Calcutta medical institutions reports 1879-81 [i.e.91]
Year: 1879
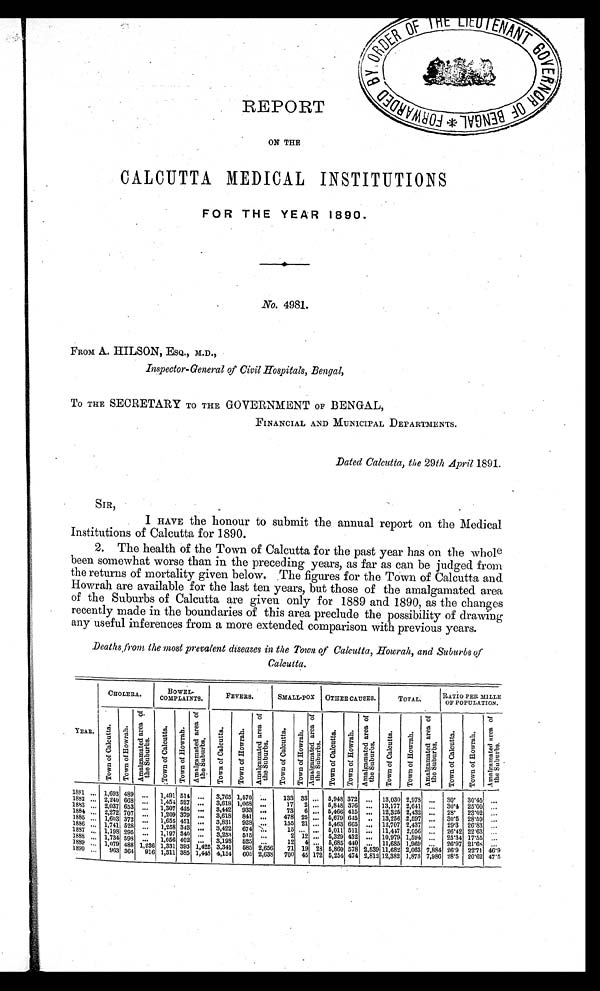
REPORT
* F O R W A R D E D B Y O R D E R O F T H E L I E U T E N A N T G O V E R N M E N T O F B E N G A L
ON THE
CALCUTTA MEDICAL INSTITUTIONS
FOR THE YEAR 1890.
No. 4981.
FROM A. HILSON, ESQ., M.D.,
Inspector-General of Civil Hospitals, Bengal,
TO THE SECRETARY TO THE GOVERNMENT OF BENGAL,
FINANCIAL AND MUNICIPAL DEPARTMENTS.
Dated Calcutta, the 29th April 1891.
SIR,
I HAVE the honour to submit the annual report on the Medical
Institutions of Calcutta for 1890.
2. The health of the Town of Calcutta for the past year has on the whole
been somewhat worse than in the preceding years, as far as can be judged from
the returns of mortality given below. The figures for the Town of Calcutta and
Howrah are available for the last ten years, but those of the amalgamated area
of the Suburbs of Calcutta are given only for 1889 and 1890, as the changes
recently made in the boundaries of this area preclude the possibility of drawing
any useful inferences from a more extended comparison with previous years.
Deaths from the most prevalent diseases in the Town of Calcutta, Howrah, and Suburbs of
Calcutta.
YEAR.
CHOLERA.
BOWEL-
COMPLAINTS.
FEVERS.
SMALL-POX
OTHER CAUSES.
TOTAL.
RATIO PER MILLE
OF POPULATION.
T o wn o f Ca l c u t t a . T o wn o f Ho wr a h .
A m a l g a m a t e d a r e a o f
t h e S u b u r b s .
T o wn o f Ca l c u t t a . T o wn o f Ho wr a h .
Amal gamat ed ar ea of
t h e Su b u r b s .
T o wn o f Ca l c u t t a .
T o w n o f H o w r a h .
A m a l g a m a t e d a r e a o f
t h e S u b u r b s .
T o w n o f C a l c u t t a .
T o w n o f H o w r a h .
A m a l g a m a t e d a r e a o f
t h e S u b u r b s .
T o w n o f C a l c u t t a .
To wn o f Ho wr a h .
A m a l g a m a t e d a r e a o f
t he Subur bs.
T o w n o f C a l c u t t a .
T o w n o f H o w r a h .
A m a l g a m a t e d a r e a o f
t h e S u b u r b s .
T o w n o f C a l c u t t a .
T o w n o f H o w r a h .
A m a l g a m a t e d a r e a o f
t h e Su b u r b s .
1881
. . . 1,693 489
. . .
1,491 514 ...
3,765 1,570 ...
133 33 ... 5,948 372 ... 13,030 2,978 ...
30.
30.45 ...
1882 ... 2,240 668 ...
1,454 527 ...
3,618 1,068 ...
17
2 ... 5,848 376 ... 13,177 2,641 ...
30.4 25.00 ...
1883 ... 2,037 653 ...
1,307 425 ...
3,442
933 ...
73
6 ... 5,466 415 ... 12,325 2,432 ...
28.
23.02 ...
1884 ... 2,272 707
. . . 1,209 379 ...
3,618
841 ...
478 25 ... 5,679 645
. . . 13,256 2,597
. . . 30.5 28.59 ...
1885
. . . 1,603 372 ...
1,655 451 ...
3,831
928 . . .
155 21 ... 5,463 665 . . .
12,707 2,437 ...
29.3 26.83 ...
1886 ... 1,741 528 ...
1,258 343 ...
3,422
674
. . .
15
. . .
. . . 5,011 511 . . .
11,447 2,056
. . . 26.42 22.63 ...
1887 ... 1,198 295 ...
1,197 340 ...
3,253 515 ...
2 12 ... 5,329 432 ...
10,979 1,594 ...
25.34 17.55 ...
1888
. . . 1,734 598
. . .
1,056 402
... 3,1
98
525 ...
12
4 ... 5,685 440 ... 11,685 1,969
. . . 26.97 21.68 ...
1889
. . . 1,079 488 1,236 1,331 393 1,425 3,341 585 2,656
71 19 28
5,860 578 2,539 11,682 2,063 7,884 26.9 22.71 46.9
1890
. . .
963 364
916 1,311 385 1,448 4,154
605 2,638
700 45 172 5,254 474 2,812 12,382 1,873 7,986 28.5 20.62 47.5